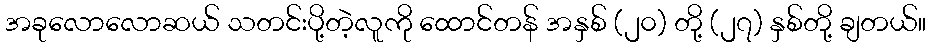
အခုလောလောဆယ် သတင်းပို့တဲ့လူကို ထောင်တန် အနှစ် (၂၀) တို့ (၂၇) နှစ်တို့ ချတယ်။